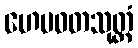
ဟေမဝတသုတ္တံ